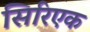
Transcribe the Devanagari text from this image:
सिरिएक